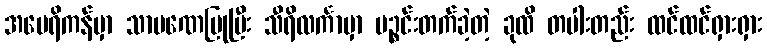
အမေရိကန်မှာ သာမဏေပြုပြီး သီရိလင်္ကာမှာ ပဉ္စင်းတက်ခဲ့တဲ့ ခုထိ တပါးတည်း ထင်ထင်ရှားရှား